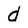
Character: d